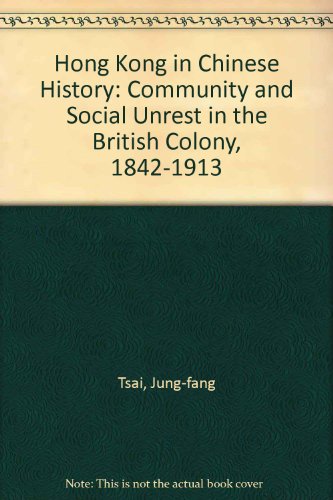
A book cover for Hong Kong in Chinese History: Community and Social Unrest in the British Colony, 1842-1913; Jung-Fang Tsai; History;